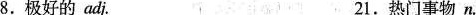
8.极好的adj. 21.热门事物n.